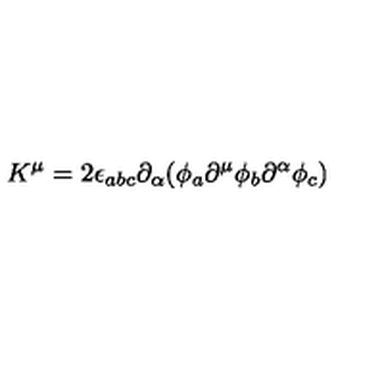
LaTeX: K ^ { \mu } = 2 \epsilon _ { a b c } \partial _ { \alpha } ( \phi _ { a } \partial ^ { \mu } \phi _ { b } \partial ^ { \alpha } \phi _ { c } )